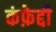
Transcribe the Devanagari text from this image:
कंफ़ेद्दी